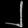
Digit: ၂